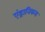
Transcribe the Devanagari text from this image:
एंड्रानिकस